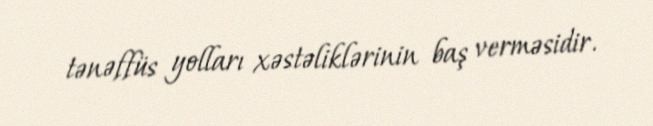
tənəffüs yolları xəstəliklərinin baş verməsidir.